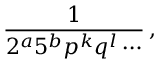
{ \frac { 1 } { 2 ^ { a } 5 ^ { b } p ^ { k } q ^ { l } \cdots } } \, ,